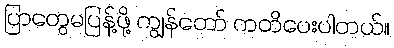
ပြာတွေမပြန့်ဖို့ ကျွန်တော် ကတိပေးပါတယ်။